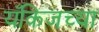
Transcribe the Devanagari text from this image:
यँकिजच्या